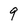
Character: 9